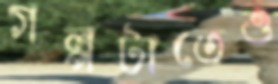
গল্পটাতেও